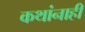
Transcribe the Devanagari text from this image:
कथांनाही